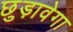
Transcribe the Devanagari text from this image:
छुड़ावेगा